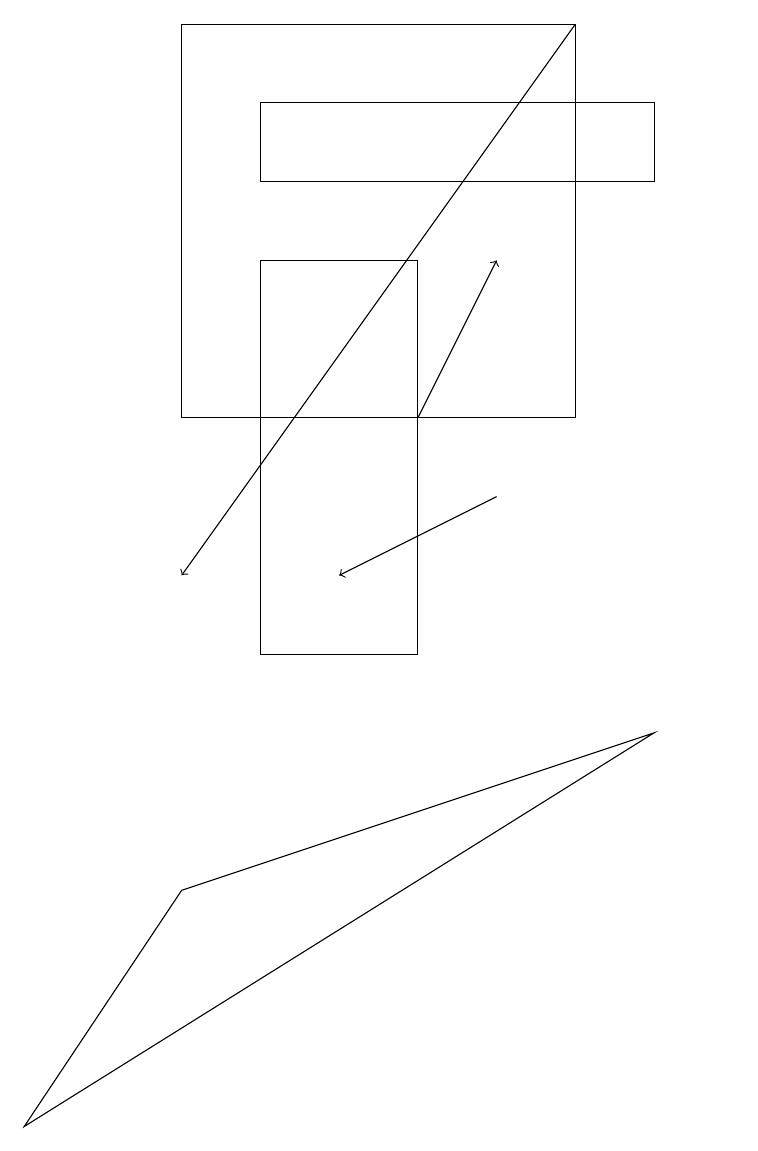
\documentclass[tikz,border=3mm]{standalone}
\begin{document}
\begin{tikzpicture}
\draw[->] (6,13) -- (7,15);
\draw (10,11) circle (0);
\draw (9,16) rectangle (4,17);
\draw (3,18) rectangle (8,13);
\draw[->] (8,18) -- (3,11);
\draw (4,10) rectangle (6,15);
\draw (1,4) -- (9,9) -- (3,7) -- cycle;
\draw[->] (7,12) -- (5,11);
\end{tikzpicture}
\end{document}